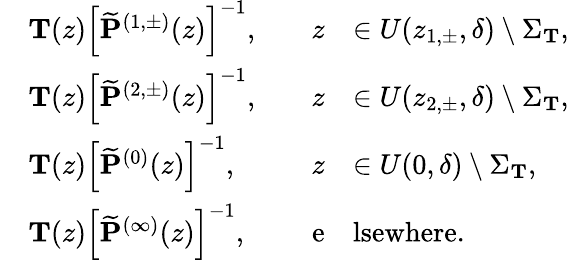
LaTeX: \begin{array}{rlrl}&{\mathbf{T}(z)\left[\widetilde{\mathbf{P}}^{(1,\pm)}(z)\right]^{-1},\quad}&{z}&{\in U(z_{1,\pm},\delta)\setminus\Sigma_{\mathbf{T}},}\\ &{\mathbf{T}(z)\left[\widetilde{\mathbf{P}}^{(2,\pm)}(z)\right]^{-1},\quad}&{z}&{\in U(z_{2,\pm},\delta)\setminus\Sigma_{\mathbf{T}},}\\ &{\mathbf{T}(z)\left[\widetilde{\mathbf{P}}^{(0)}(z)\right]^{-1},\quad}&{z}&{\in U(0,\delta)\setminus\Sigma_{\mathbf{T}},}\\ &{\mathbf{T}(z)\left[\widetilde{\mathbf{P}}^{(\infty)}(z)\right]^{-1},\quad}&{\mathrm{e}}&{\mathrm{lsewhere}.}\end{array}